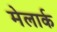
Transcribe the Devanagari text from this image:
मेलार्क